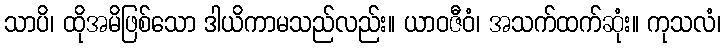
သာပိ၊ ထိုအမိဖြစ်သော ဒါယိကာမသည်လည်း။ ယာဝဇီဝံ၊ အသက်ထက်ဆုံး။ ကုသလံ၊